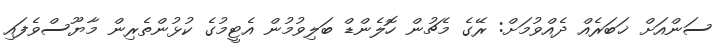
ސަންއަށް ޚަބަރެއް ދެއްވުމަށް: ރޭގެ މެޗުން ހޮލެންޑް ބަލިވުމުން އެޓީމުގެ ކުޅުންތެރިން މާޔޫސްވެފައި